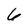
Character: 6